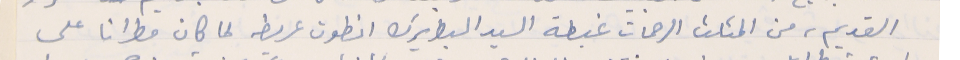
القديم، من المثلث الرحمات غبطة السيد البطريرك انطون عريضه لما كان مطرانا على